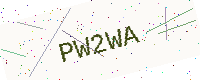
Text: PW2WA